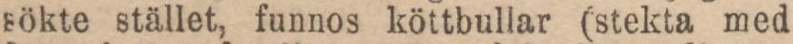
sökte stället, funnos köttbullar (stekta med